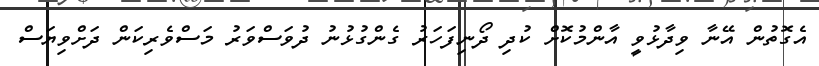
އެގޮތުން އޭނާ ވިދާޅުވީ އާންމުކޮށް ކުދި ދޯނިފަހަރު ގެންގުޅުނު ދުވަސްވަރު މަސްވެރިކަން ދަށްވިޔަސް